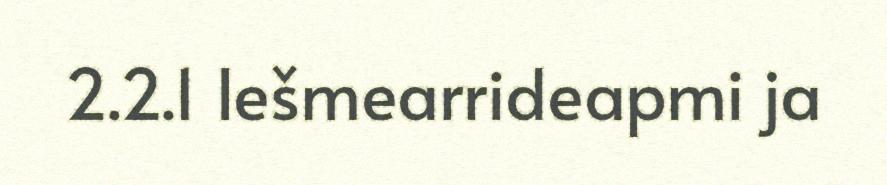
2.2.1 Iešmearrideapmi ja